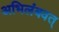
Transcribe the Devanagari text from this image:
अभिलंबवत्‌